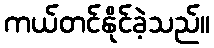
ကယ်တင်နိုင်ခဲ့သည်။